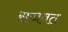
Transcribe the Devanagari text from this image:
सजवत